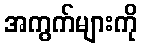
အကွက်များကို